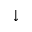
\downarrow